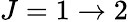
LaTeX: J=1\rightarrow 2